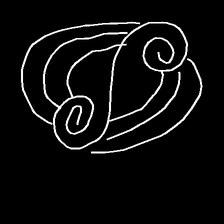
Glyph: wind-underfoot